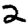
Digit: 2